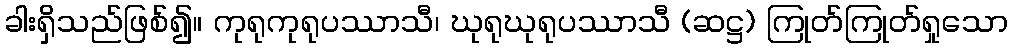
ခါးရှိသည်ဖြစ်၍။ ကုရုကုရုပဿာသီ၊ ဃုရုဃုရုပဿာသီ (ဆဋ္ဌ) ကြုတ်ကြုတ်ရှုသော